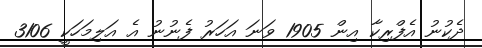
ދެކުނު އެފްރިކާ އިން 1905 ވަނަ އަހަރު ފެނުނު އެ އަލިމަހަކީ 3106